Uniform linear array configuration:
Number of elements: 64
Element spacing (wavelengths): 0.75
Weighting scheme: cosine
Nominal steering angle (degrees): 15
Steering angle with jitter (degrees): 16.304
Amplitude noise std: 0.05
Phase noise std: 0.05

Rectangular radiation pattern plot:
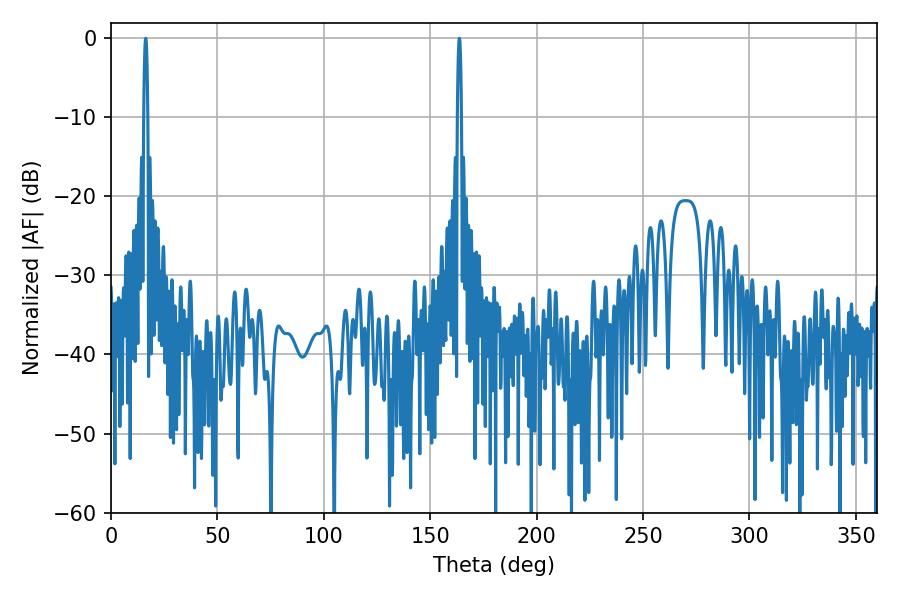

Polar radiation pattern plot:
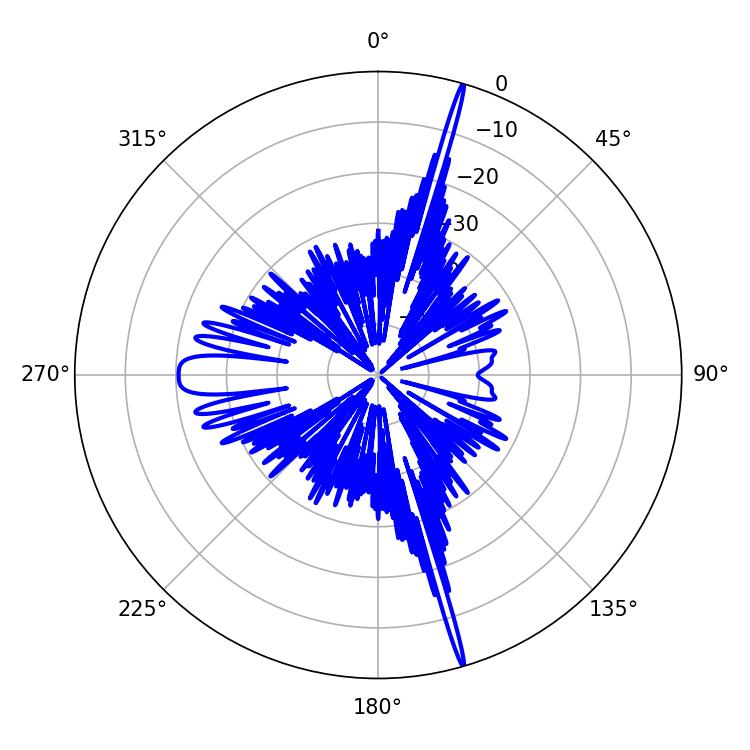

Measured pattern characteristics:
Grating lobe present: TRUE
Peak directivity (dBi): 23.123
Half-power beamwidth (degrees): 0.9
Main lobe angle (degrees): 16.38